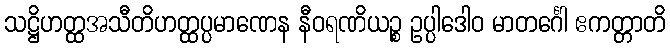
သဋ္ဌိဟတ္ထအသီတိဟတ္ထပ္ပမာဏေန နီဝရဏိယဉ္စ ဥပ္ပါဒေါဝ မာတင်္ဂေါ ဧကတ္တာတိ